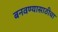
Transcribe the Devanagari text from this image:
बनवण्यासाठीचा